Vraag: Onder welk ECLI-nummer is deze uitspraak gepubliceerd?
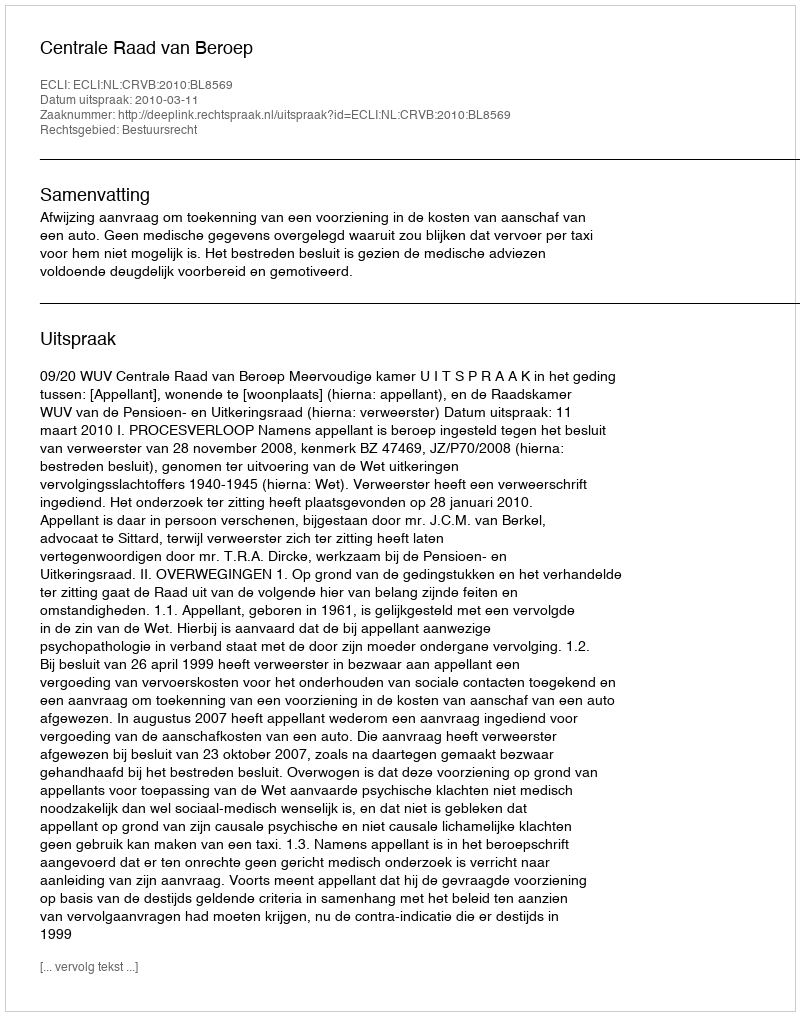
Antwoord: ECLI:NL:CRVB:2010:BL8569